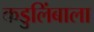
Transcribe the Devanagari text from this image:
कडुलिंबाला